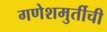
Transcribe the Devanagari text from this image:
गणेशमुर्तीची